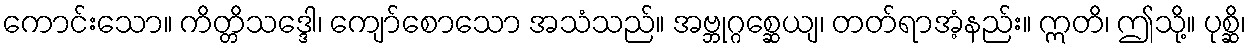
ကောင်းသော။ ကိတ္တိသဒ္ဒေါ၊ ကျော်စောသော အသံသည်။ အဗ္ဘုဂ္ဂစ္ဆေယျ၊ တတ်ရာအံ့နည်း။ ဣတိ၊ ဤသို့။ ပုစ္ဆိ၊